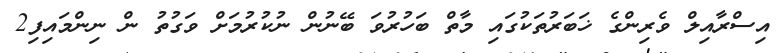
އިސްރާއިލް ވެރިންގެ ޚަބަރުތަކުގައި މާތް ބަހުރުވަ ބޭނުން ނުކުރުމަށް ވަގުތު ން ނިންމައިފި2